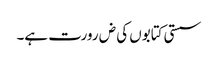
سستی کتابوں کی ض رورت ہے۔